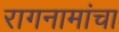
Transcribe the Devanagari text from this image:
रागनामांचा